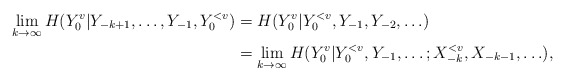
\begin{align*}\lim_{k\to\infty}H(Y_0^v|Y_{-k+1},\ldots,Y_{-1},Y_0^{<v})&=H(Y_0^v|Y_0^{<v},Y_{-1},Y_{-2},\ldots) \\ &=\lim_{k\to\infty}H(Y_0^v|Y_0^{<v},Y_{-1},\ldots;X_{-k}^{<v},X_{-k-1},\ldots),\end{align*}